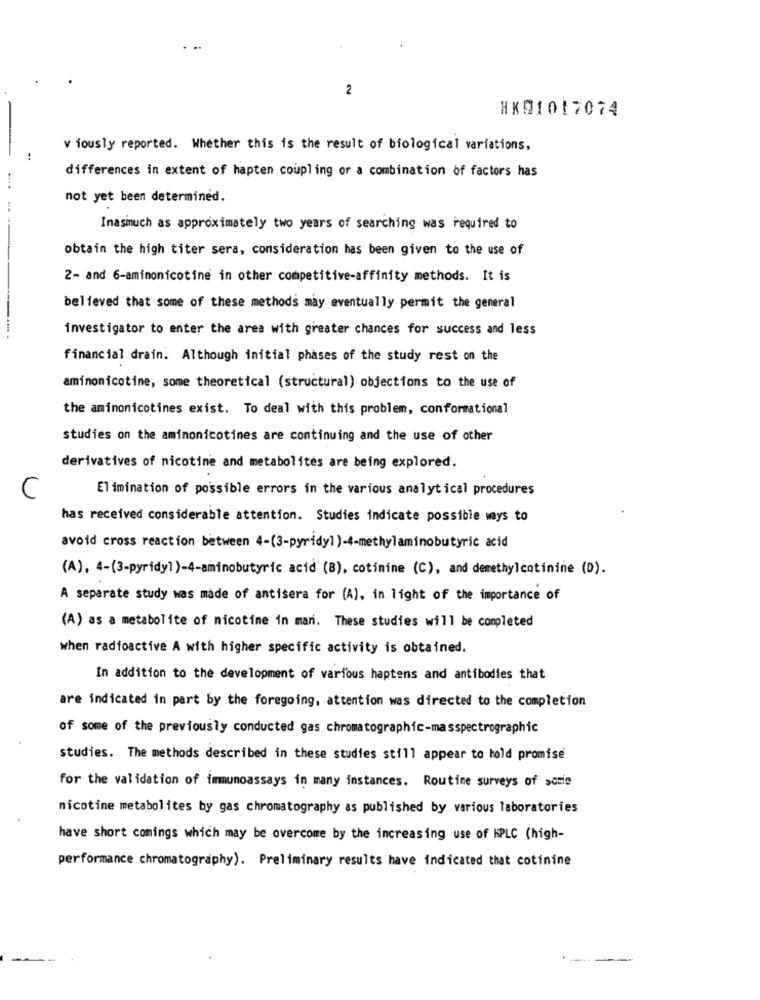
2
HK01017074
v iously reported. Whether this is the result of biological variations,
differences in extent of hapten coupling or a combination of factors has
not yet been determined.
Inasmuch as approximately two years of searching was required to
obtain the high titer sera, consideration has been given to the use of
2- and 6-aminonicotine in other competitive-affinity methods. It is
believed that some of these methods may eventually permit the general
investigator to enter the area with greater chances for success and less
financial drain. Although initial phases of the study rest on the
aminonicotine, some theoretical (structural) objections to the use of
the aminonicotines exist. To deal with this problem, conformational
studies on the aminonicotines are continuing and the use of other
derivatives of nicotine and metabolites are being explored.
C
Elimination of possible errors in the various analytical procedures
has received considerable attention. Studies indicate possible ways to
avoid cross reaction between 4-(3-pyridyl )-4-methylaminobutyric acid
(A), 4-(3-pyridy))-4-aminobutyric acid (B), cotinine (C), and demethylcotinine (D).
A separate study was made of antisera for (A), in light of the importance of
(A) as a metabolite of nicotine in mani. These studies will be completed
when radioactive A with higher specific activity is obtained.
In addition to the development of various haptens and antibodies that
are indicated in part by the foregoing, attention was directed to the completion
of some of the previously conducted gas chromatographic-masspectrographic
studies. The methods described in these studies still appear to hold promise
for the validation of immunoassays in many instances. Routine surveys of somie
nicotine metabolites by gas chromatography as published by various laboratories
have short comings which may be overcome by the increasing use of hPLC (high-
performance chromatography). Preliminary results have indicated that cotinine